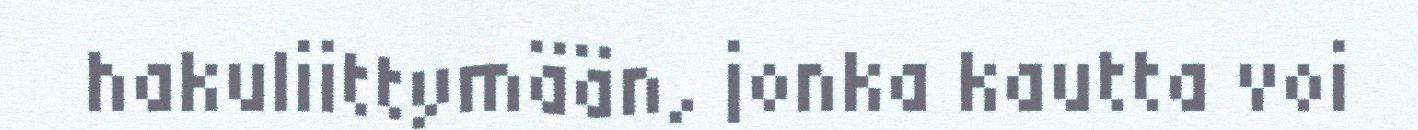
hakuliittymään, jonka kautta voi